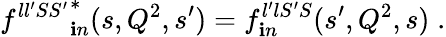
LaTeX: {f^{ll^{\prime}SS^{\prime}}}_{\mathbf{i}n}^{*}(s,Q^{2},s^{\prime})=f_{\mathbf{i}n}^{l^{\prime}lS^{\prime}S}(s^{\prime},Q^{2},s)\; .